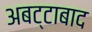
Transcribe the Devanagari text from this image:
अबट्टाबाद